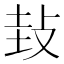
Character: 㪈